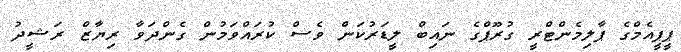
ޕީޕީއެމްގެ ޕާލިމެންޓްރީ ގުރޫޕްގެ ނައިބް ލީޑަރުކަން ވެސް ކުރައްވަމުން ގެންދަވާ ރިޔާޒް ރަޝީދު